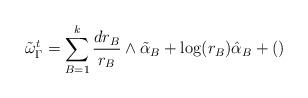
LaTeX: \begin{align*}\tilde\omega_\Gamma^t = \sum_{B=1}^k \frac{dr_B}{r_B} \wedge \tilde\alpha_B +\log (r_B) \hat \alpha_B+()\end{align*}